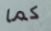
كما